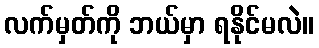
လက်မှတ်ကို ဘယ်မှာ ရနိုင်မလဲ။